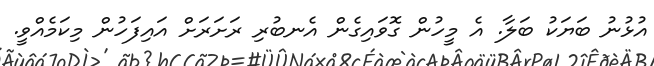
އުޅުނު ބަޔަކު ބަލާ. އެ މީހުން ގޮވައިގެން އެނބުރި ރަށަރަށް އައިފަހުން މިކަމެއްވީ.